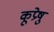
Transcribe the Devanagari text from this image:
कूप्रेषु